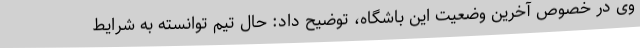
وی در خصوص آخرین وضعیت این باشگاه، توضیح داد: حال تیم توانسته به شرایط